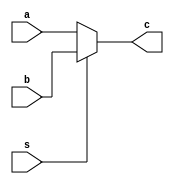
module Mux (a,b,s,c);

    input [255:0]a,b;
    input s;
    output [255:0]c;

    assign c = (~s) ? a : b ;
    
endmodule